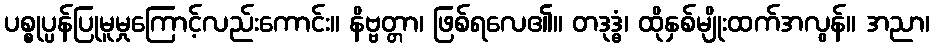
ပစ္စုပ္ပန်ပြုမူမှုကြောင့်လည်းကောင်း။ နိဗ္ဗတ္တာ၊ ဖြစ်ရလေ၏။ တဒုဒ္ဓံ၊ ထိုနှစ်မျိုးထက်အလွန်။ အညာ၊